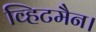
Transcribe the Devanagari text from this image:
व्हिटमैन।